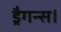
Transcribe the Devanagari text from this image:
ड्रैगन्स।